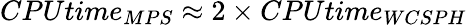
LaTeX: CPUtime_{MPS}\approx 2\times CPUtime_{WCSPH}